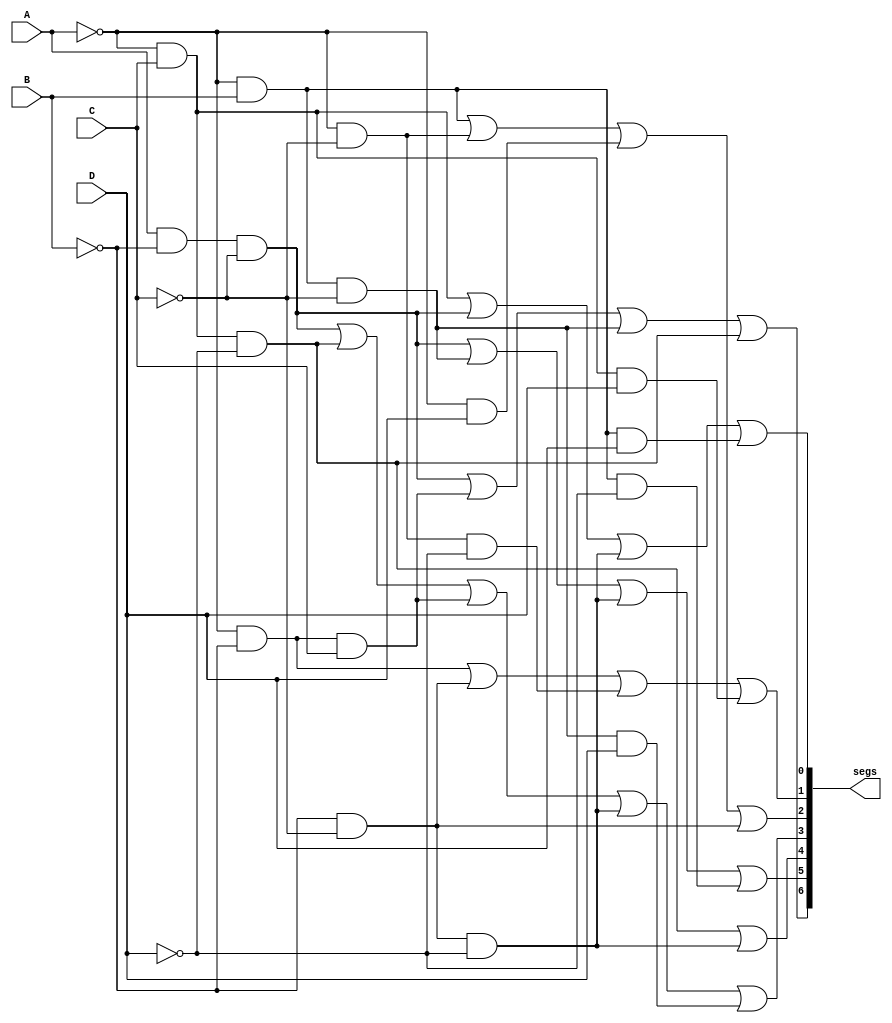
module decod47(input wire A, B, C, D,
                output wire [6:0]segs);
    assign segs[0] = (!A && C) || (A && !B && !C) || 
                              (!B && !C && !D) || (!A && B && D);

    assign segs[1] = (!A && !B) || (!B && !C) || 
                              (!A && !C && !D) || (!A && C && D);

    assign segs[2] = (!A && B) || (!A && !C) || (!A && D) || (!B && !C);

    assign segs[3] = (A && !B && !C) || (!A && C && !D) || 
                              (!A && !B && C) || (!B && !C && !D) ||
                              (!A && B && !C && D);

    assign segs[4] = (!A && C && !D) || (!B && !C && !D);

    assign segs[5] = (A && !B && !C) || (!A && B && !C) || 
                              (!B && !C && !D) || (!A && B && !D);

    assign segs[6] = (A && !B && !C) || (!A && !B && C) || 
                              (!A && B && !C) || (!A && C && !D);

endmodule